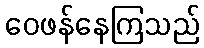
ဝေဖန်နေကြသည်